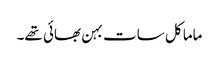
ماما کل سات بہن بھائی تھے۔